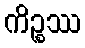
ကိဉ္စဿ